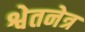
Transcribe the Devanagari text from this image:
श्वेतनेत्र